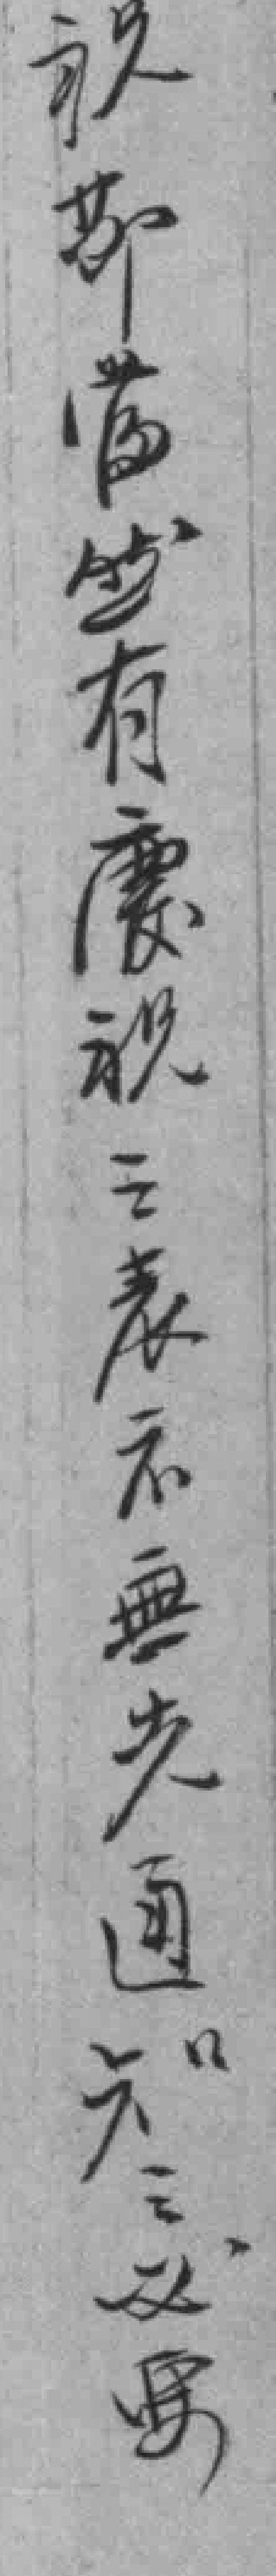
祝節當然有慶祝之表示無先通知之必要